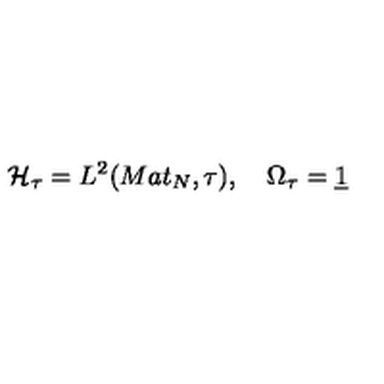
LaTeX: \mathcal { H } _ { \tau } = L ^ { 2 } ( M a t _ { N } , \tau ) , \quad \Omega _ { \tau } = \underline { { 1 } }